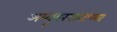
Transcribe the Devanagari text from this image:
अय्यूबखानाच्या